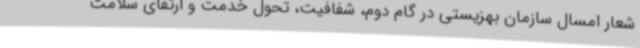
شعار امسال سازمان بهزیستی در گام دوم، شفافیت، تحول خدمت و ارتقای سلامت